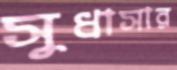
সুধাসার